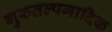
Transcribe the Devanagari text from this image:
गुरुतल्पगादिक